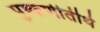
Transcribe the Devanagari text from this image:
पुष्कणीतीर्थ